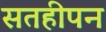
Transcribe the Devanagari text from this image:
सतहीपन